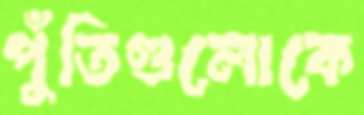
পুঁতিগুলোকে